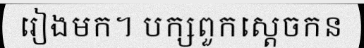
រៀងមក។ បក្សពួកស្តេចកន